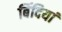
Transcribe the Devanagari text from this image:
बिंदियां